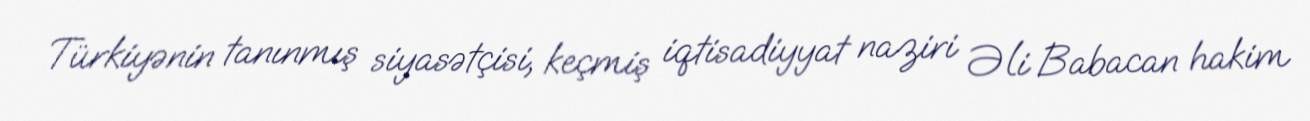
Türkiyənin tanınmış siyasətçisi, keçmiş iqtisadiyyat naziri Əli Babacan hakim